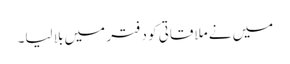
میں نے ملاقاتی کو دفتر میں بلا لیا۔